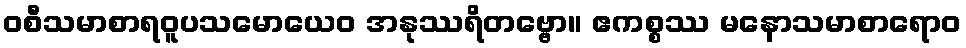
ဝစီသမာစာရဝူပသမောယေဝ အနုဿရိတဗ္ဗော။ ဧကစ္စဿ မနောသမာစာရောဝ